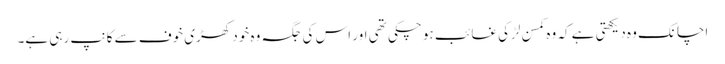
اچانک وہ دیکھتی ہے کہ وہ کمسن لڑکی غائب ہو چکی تھی اور اس کی جگہ وہ خود کھڑی خوف سے کانپ رہی ہے۔